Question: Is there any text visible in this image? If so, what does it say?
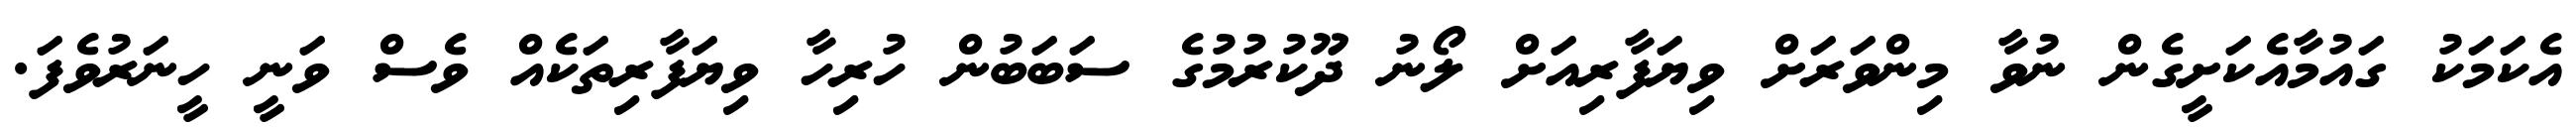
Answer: އެކަމަކު ގައުމާއެކަށީގެން ނުވާ މިންވަރަށް ވިޔަފާރިއަށް ލޯނު ދޫކުރުމުގެ ސަބަބުން ހުރިހާ ވިޔަފާރިތަކެއް ވެސް ވަނީ ހީނަރުވެފަ.